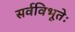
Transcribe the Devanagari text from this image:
सर्वविभूतेः